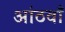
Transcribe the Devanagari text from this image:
आंठवाँ